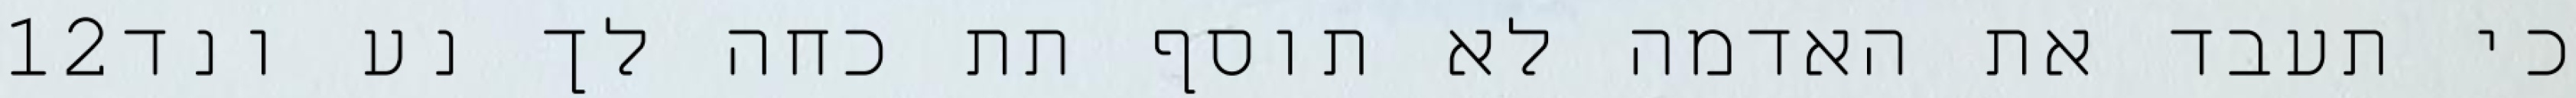
‎12‏ כי תעבד את האדמה לא תוסף תת כחה לך נע ונד